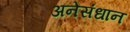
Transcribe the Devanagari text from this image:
अनेसंधान